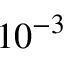
1 0 ^ { - 3 }